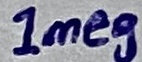
Text: 1meg